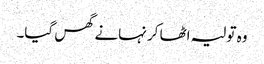
وہ تولیہ اٹھا کر نہانے گھس گیا۔